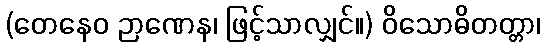
(တေနေဝ ဉာဏေန၊ ဖြင့်သာလျှင်။) ဝိသောဓိတတ္တာ၊